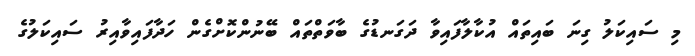
މި ސައިކަލު ގިނަ ބައިތައް އުކާލާފައިވާ ދަގަނޑުގެ ބާވަތްތައް ބޭނުންކޮށްގެން ހަދާފައިވާއިރު ސައިކަލުގެ